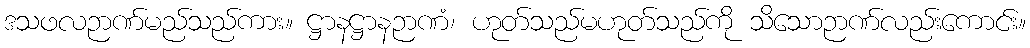
ဒသဖလဉာဏ်မည်သည်ကား။ ဋ္ဌာနဋ္ဌာနဉာဏံ၊ ဟုတ်သည်မဟုတ်သည်ကို သိသောဉာဏ်လည်းကောင်း။